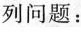
列问题：